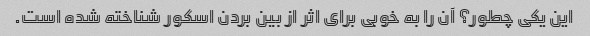
این یکی چطور؟ آن را به خوبی برای اثر از بین بردن اسکور شناخته شده است.